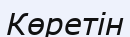
Көретін